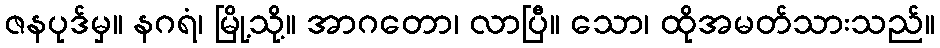
ဇနပုဒ်မှ။ နဂရံ၊ မြို့သို့။ အာဂတော၊ လာပြီ။ သော၊ ထိုအမတ်သားသည်။